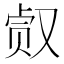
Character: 𰇀